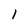
Character: 1